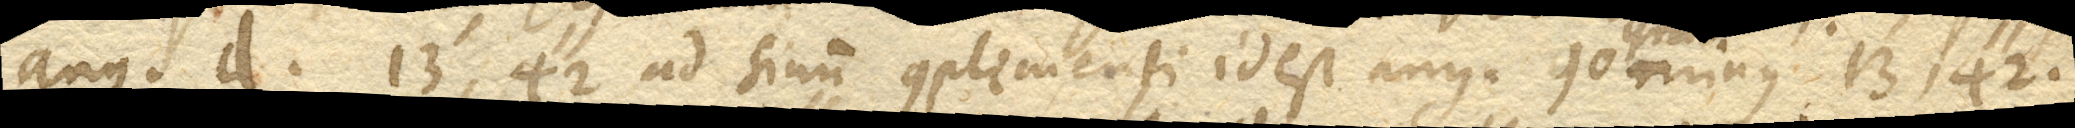
ang. d. 13’, 42’’ ad sinum complementi id est ang. 90 grad. minus 13’, 42’’